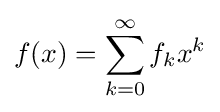
f(x)=\sum _{k=0}^{\infty }f_{k}x^{k}